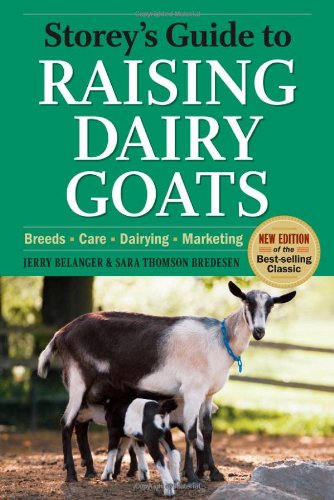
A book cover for Storey's Guide to Raising Dairy Goats, 4th Edition: Breeds, Care, Dairying, Marketing; Jerry Belanger; Medical Books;